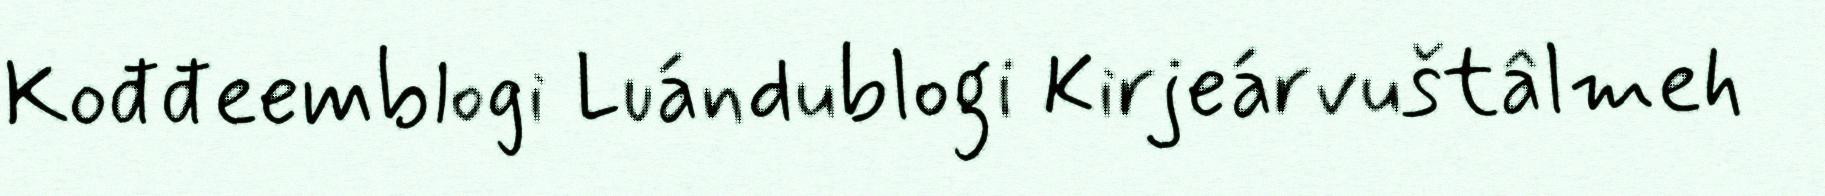
Kođđeemblogi Luándublogi Kirjeárvuštâlmeh